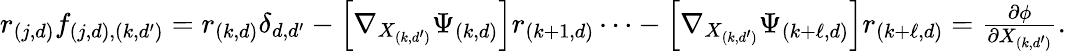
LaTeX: \begin{array}{r}{r_{(j,d)}f_{(j,d),(k,d^{\prime})}=r_{(k,d)}\delta_{d,d^{\prime}}-\left[\nabla_{X_{(k,d^{\prime})}}\Psi_{(k,d)}\right]r_{(k+1,d)}\cdots-\left[\nabla_{X_{(k,d^{\prime})}}\Psi_{(k+\ell,d)}\right]r_{{(k+\ell,d)}}=\frac{\partial\phi}{\partial X_{(k,d^{\prime})}}.}\end{array}